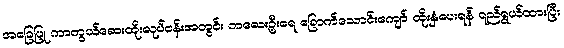
အခြေပြု ကာကွယ်ဆေးထိုးလုပ်ငန်းအတွင်း ကလေးဦးရေ ခြောက်သောင်းကျော် ထိုးနှံပေးရန် ရည်ရွယ်ထားပြီး